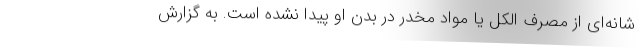
شانه‌ای از مصرف الکل یا مواد مخدر در بدن او پیدا نشده است. به گزارش